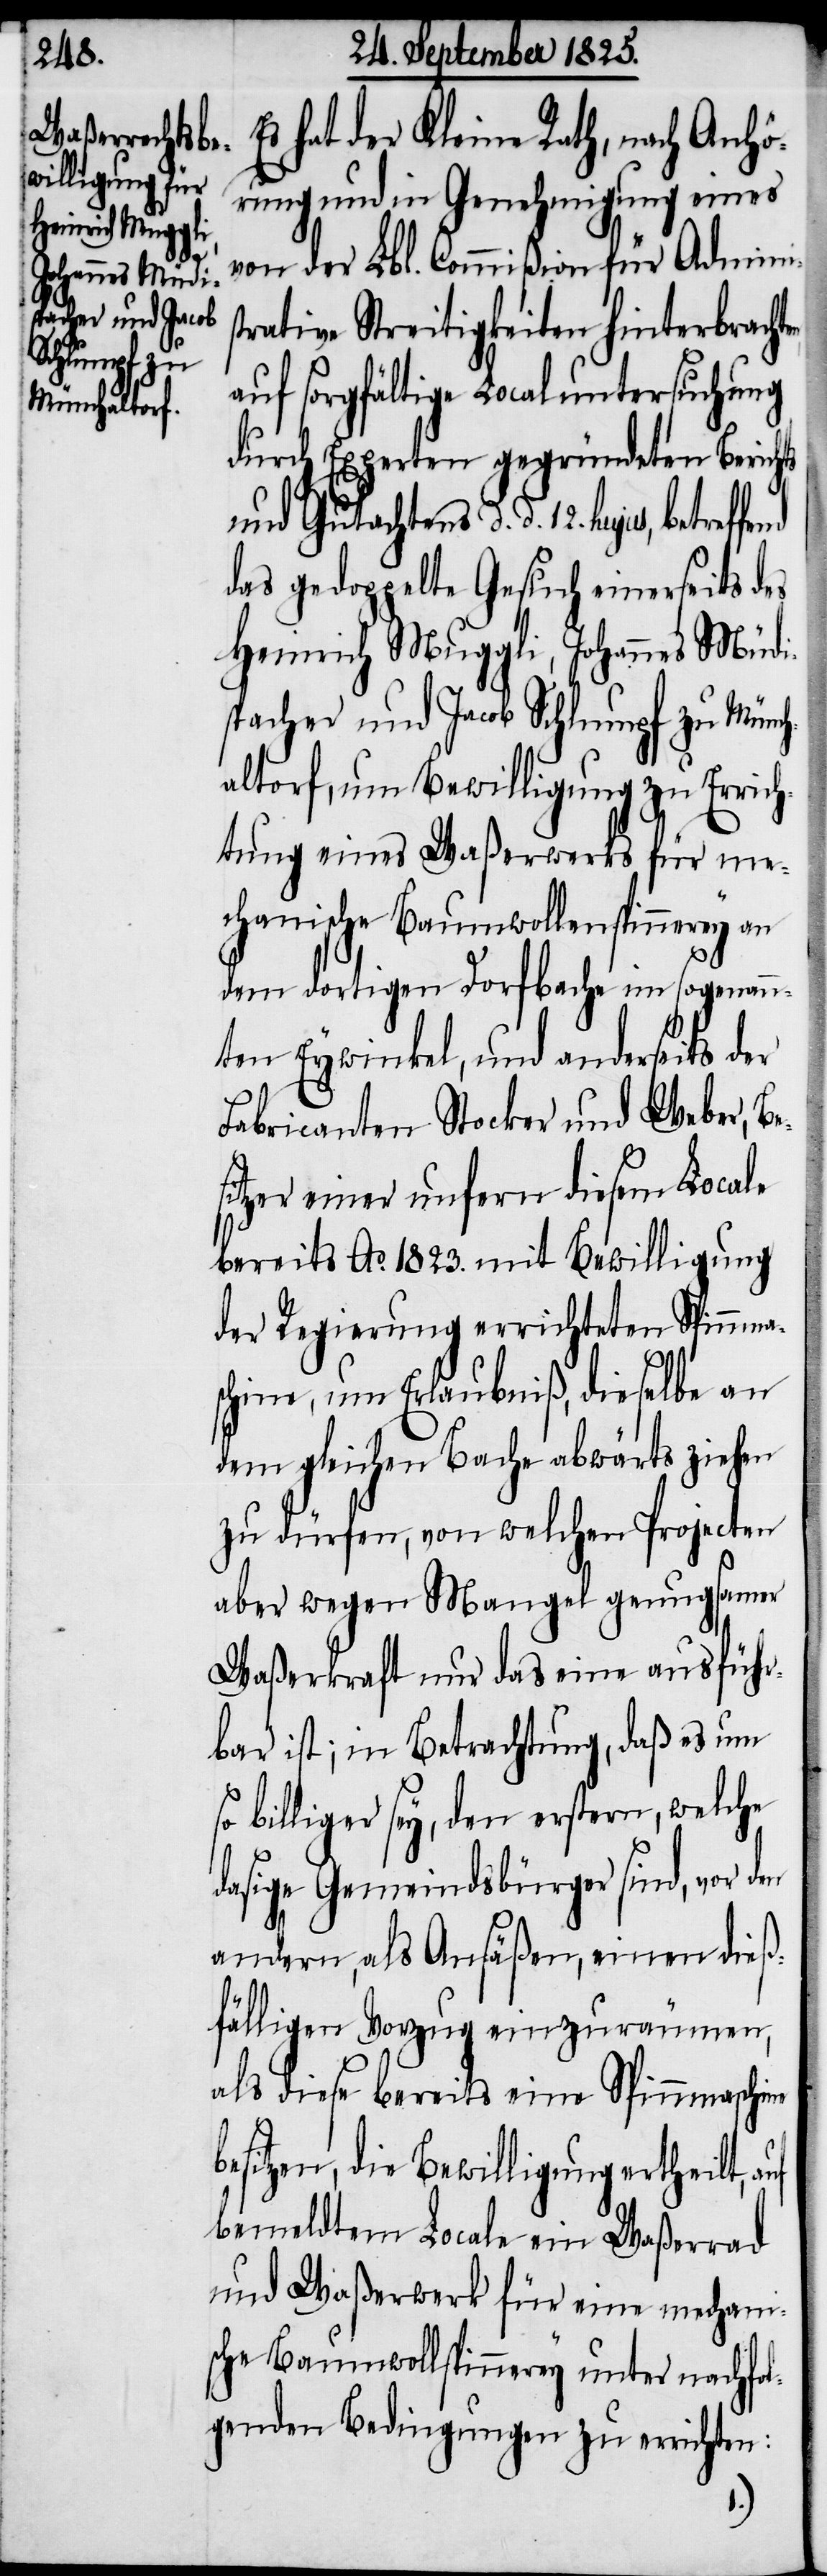
en
Heinrich Muggli,
Johannes Müdi¬

hat der Kleine Rath, nach Anhö¬
rung und in Genehmigung eines
von der Lbl. Commißion für Adminis¬
trative Streitigkeiten hinterbracht¬
auf sorgfältige Localuntersuchung
durch Experten gegründeten Berichts
und Gutachtens d. d. 12. hujus,
das gedoppelte Gesuch einerseits des
spacher und Jacob Schlumpf zu Mönch¬
altorf, um Bewilligung zu Errich¬
tung eines Waßerwerks für me¬
chanische Baumwollenspinnerey an
dem dortigen Dorfbache im sogenann¬
ten Eywinkel, und anderseits der
Fabricanten Stocker und Weber, Be¬
sitzer einer unfern diesem Locale
bereits Ao. 1823. mit Bewilligung
der Regierung errichteten Spinnma¬
schine, um Erlaubniß, dieselbe an
dem gleichen Bache abwärts ziehen
zu dürfen, von welchen Projecten
aber wegen Mangel genugsamer
Waßerkraft nur das eine ausführ¬
bar ist; in Betrachtung, daß es um
billiger sey, den erstern, welche
dasige Gemeindsbürger sind, vor den
andern, als Ansäßen, einen dieß¬
fälligen Vorzug einzuräumen,
als diese bereits eine Spinnmaschine
besitzen, die Bewilligung ertheilt,
bemeldtem Locale ein Waßerrad
und Waßerwerk für eine mechani¬
sche Baumwollspinnerey unter nachfol¬
genden Bedingungen zu errichten: